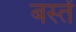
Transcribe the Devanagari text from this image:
बस्‍तें